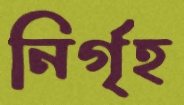
নির্গৃহ